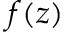
f ( z )